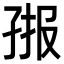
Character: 𭓄